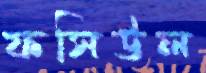
ফসিউল